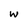
Character: w